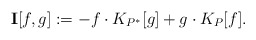
\begin{align*}\mathbf{I}[f,g]:=-f\cdot K_{P^*}[g]+g\cdot K_P[f].\end{align*}